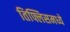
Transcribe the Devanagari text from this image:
तिफ्लिसमध्ये